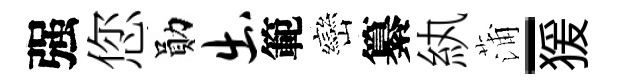
强您勛出範巒纂紈蒲-猨